Vital statistics of India. Vol. IV, Annual returns from 1871 to 1876. British Army of India, Native Army and jails of Bengal
Year: 1871
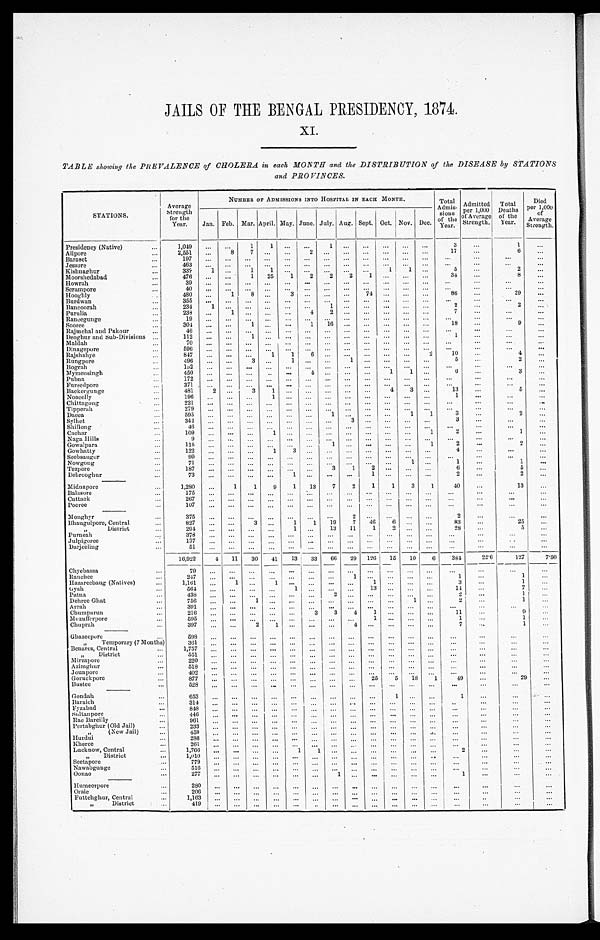
JAILS OF THE BENGAL PRESIDENCY, 1874.
XI.
TABLE showing the PREVALENCE of CHOLERA in each MONTH and the DISTRIBUTION of the DISEASE by STATIONS
a n d P R O V I N C E S .
.
STATIONS.
Average
NUMBER OF ADMISSIONS INTO HOSPITAL IN EACH MONTH.
Total
Ad
m i s - s i o n s
Admitted
per 1,000
of Average
Strength.
Total
Deaths
of the
Year.
Died
per 1,000
A v e r a g e S t r e n g t h .
Strength
for the Y e a r .
J a n .
F e b .Mar.
A p r i l
M a y .
J u n e .
J u l y .
A u g .
S e p t .
O c t .
N o v .
D e c .
Presidency (Native)
1,049
1
1
3
1
6
Alipore
2,551
8
7
2
1 7
6
Baraset
1 9 7
Jessore
463
Kishnaghur
33?
1
1
1
1
1
5
2
Moorshedabad
476
1
25
1
2
2
2
1
34
8
Howrah
39
Seram pore
40
Hooghly
480
1
8
3
86
29
Burdw an
3 5 5
Bancoorah
234
1
2
2
Purulia
238
1
4
2
7
Rancegunge
19
Sooree
304
1
1
16
18
9
Rajmehal and Pakour
46
Deoghur and Sub-Divisions
112
1
1
Maldah
70
Dinagepore
596
Rajshahye
8 4 7
1
1
6
2
10
4
Rungpore
496
1
5
2
Bograh
1 5 2
Mymensingh
4 5 0
1
1
6
3
Pubna
172
Furee dpore
3 7 1
Backergunge
481
2
1
4
3
13
5
Noacolly
196
1
1
Chittagong
2 2 1
Tipperah
279
Dacca
5 9 5
1
1
1
3
2
Sylhet
3 4 2
3
S hillong
46
Cachar
109
1
2
1
N aga Hills
9
Gowalpara
1 1 5
1
2
2
Gowhatty
122
1
3
4
Seebsaugor
99
Nowgong
71
1
1
Tezpore
187
3
1
2
6
5
Debrooghur
73
1
2
2
Midnapore
1,280
1
9
1
13
7
2
1
1
3
1
40
13
Balasore
1 7 5
Cuttack
2 6 7
Pooree
107
Monghyr
3 7 5
2
Bhaugulpore, Central
827
1
1
19
7
46
6
83
25
District
2 9 4
13
11
1
2
28
5
Purneah
3 7 8
Julpigoree
Darjeeling
51
16,922
4
11
30
13
33
66
29
126
15
10
6
384
22.6
127
7.50
Chyebassa
79
Ranches
2 4 7
1
1
1
Hazareebaug (Natives)
1,161
1
3
1
G y a h
564
1
13
14
7
Patna
438
2
1
Dehree Ghat
756
. 1
.
1
2
1
Arrah
391
Chumparun
216
33
4
1
11
9
Mozufferpore
595
1
1
Chuprah
397
2
1
7
1
Ghazeepore
598
Temporary (7Months)
361
.
Benares, Central
„ District
551
Mirzapore
2 2 0
Azimghur
518
Jounpore
Goruckpore
8 7 7
25
5
18 1
49
29
B u s t e e
528
Gondah
6 5 3
1
1
Baraich
3 1 4
F y z a b a d
848
S u l t a n p o r e
4 4 6
Rae B areilly
961
Pertabghur (Old Jail)
233
” ” ( N e w J a i l )
H u r d u i
459
286
Kheree
261
Lucknow, Central
1,766
1
1
2
„ D i s t r i c t 1,010
Seetapore
779
Nawabgunge
516
Oona
277
1
1
H u m e e r p o r e
280
Oraie
206
Futtehghur, Central
1 , 1 6 3
_.
District
419